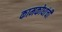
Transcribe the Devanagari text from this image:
कामकोधांची